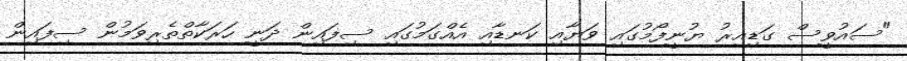
"ސައުވީސް ގަޑިއިރު ޔުނީފޯމުގައި ވަޔާއި ކަނޑާއި އެއްގަމުގައި ސިފައިން ދަނީ ހަރަކާތްތެރިވަމުން ސިފައިން